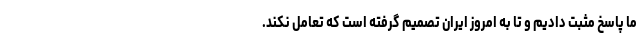
ما پاسخ مثبت دادیم و تا به امروز ایران تصمیم گرفته است که تعامل نکند.